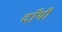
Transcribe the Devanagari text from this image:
दाँयी